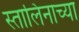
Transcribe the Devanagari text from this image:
स्तालिनाच्या